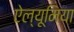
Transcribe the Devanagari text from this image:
ऐल्यूमिया